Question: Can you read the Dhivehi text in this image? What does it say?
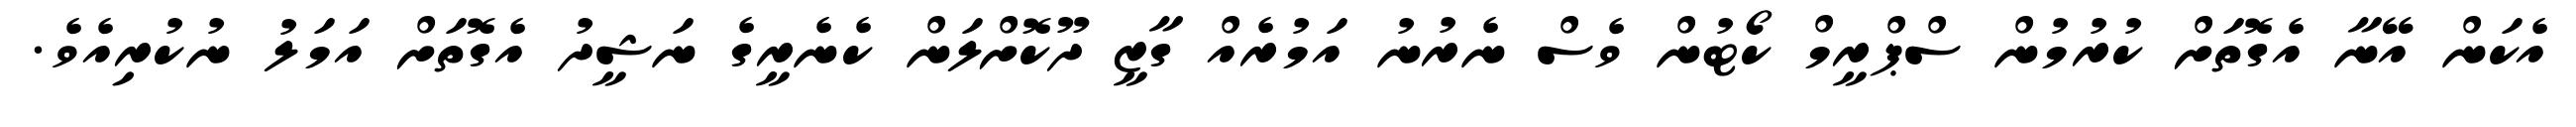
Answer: އެކަން އޭނާ އެގޮތަށް ކުރުމުން ސްޕްރީމް ކޯޓުން ވެސް ނެރުނު އަމުރެއް ގާޒީ ދޫކޮށްލަން ކެނެރީގެ ނަޝީދު އެގޮތަށް އަމަލު ނުކުރިއެވެ.